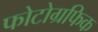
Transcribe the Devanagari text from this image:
फोटोग्रफिक